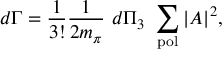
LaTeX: \displaystyle d \Gamma = \frac { 1 } { 3 ! } \frac { 1 } { 2 m _ { \pi } } ~ d \Pi _ { 3 } ~ \sum _ { \mathrm { p o l } } | { \cal A } | ^ { 2 } ,